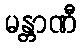
မန္တာဏီ